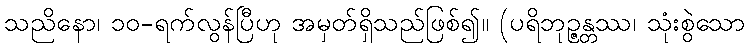
သညိနော၊ ၁၀-ရက်လွန်ပြီဟု အမှတ်ရှိသည်ဖြစ်၍။ (ပရိဘုဉ္ဇန္တဿ၊ သုံးစွဲသော